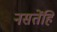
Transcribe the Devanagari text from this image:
नसतेंहि